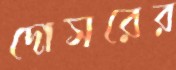
দোসরের